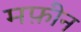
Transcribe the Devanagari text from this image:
मफ़ीन